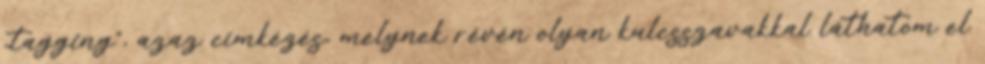
„tagging”, azaz címkézés, melynek révén olyan kulcsszavakkal láthatom el